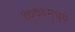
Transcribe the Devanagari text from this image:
१७७४मध्ये